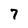
Character: 7